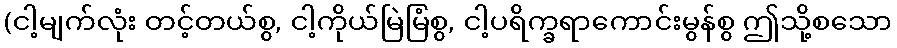
(ငါ့မျက်လုံး တင့်တယ်စွ, ငါ့ကိုယ်မြဲမြံစွ, ငါ့ပရိက္ခရာကောင်းမွန်စွ ဤသို့စသော